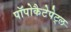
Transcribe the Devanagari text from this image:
पॉपोकैटेपेट्ल